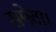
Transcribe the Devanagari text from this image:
समेता।